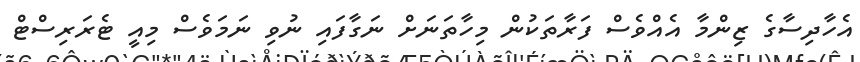
އެހާދިސާގެ ޒިންމާ އެއްވެސް ފަރާތަކުން މިހާތަނަށް ނަގާފައި ނުވި ނަމަވެސް މިއީ ޓެރަރިސްޓް